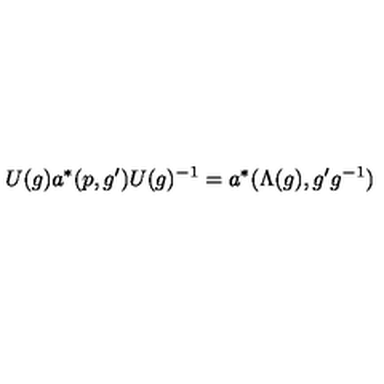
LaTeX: U ( g ) a ^ { * } ( p , g ^ { \prime } ) U ( g ) ^ { - 1 } = a ^ { * } ( \Lambda ( g ) , g ^ { \prime } g ^ { - 1 } )